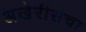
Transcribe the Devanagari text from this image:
अखेरीसचा